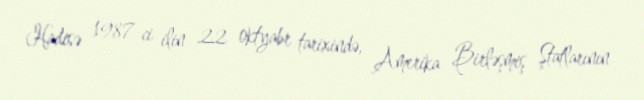
Hadisə 1987-ci ilin 22 oktyabr tarixində, Amerika Birləşmiş Ştatlarının